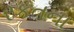
રકતના